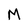
Character: M